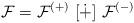
LaTeX: \begin{align*}{\cal F} = {\cal F}^{(+)}\ [\dot+]\ {\cal F}^{(-)}\end{align*}